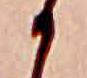
か